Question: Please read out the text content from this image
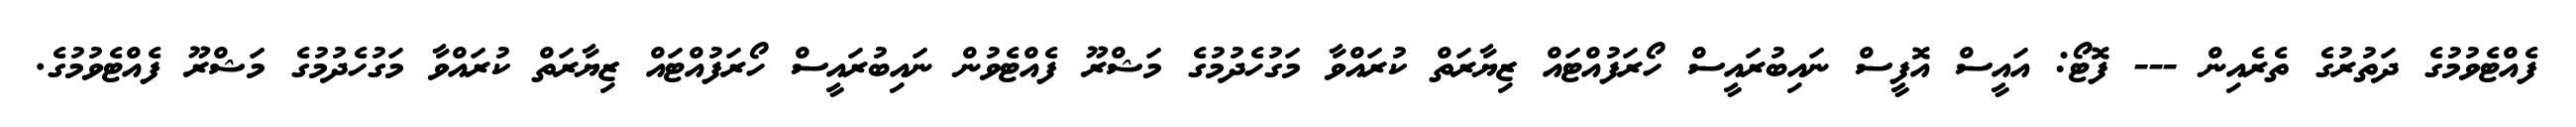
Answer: ފެއްޓެވުމުގެ ދަތުރުގެ ތެރެއިން --- ފޮޓޯ: އައީސް އޮފީސް ނައިބުރައީސް ހޯރަފުއްޓައް ޒިޔާރަތް ކުރައްވާ މަގުހެދުމުގެ މަޝްރޫ ފެއްޓެވުން ނައިބުރައީސް ހޯރަފުއްޓައް ޒިޔާރަތް ކުރައްވާ މަގުހެދުމުގެ މަޝްރޫ ފެއްޓެވުމުގެ.